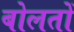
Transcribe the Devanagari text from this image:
बोलतों